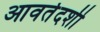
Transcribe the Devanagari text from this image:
आवर्तदर्शी